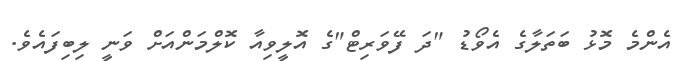
އެންމެ މޮޅު ބަތަލާގެ އެވޯޑު "ދަ ފޭވަރިޓް"ގެ އޮލީވިއާ ކޮލްމަންއަށް ވަނީ ލިބިފައެވެ.